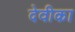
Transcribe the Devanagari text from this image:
देवीका